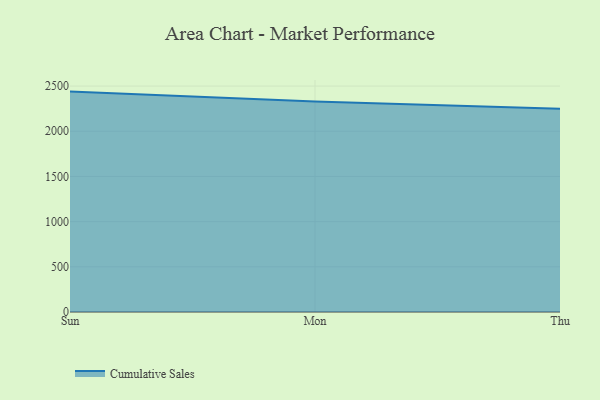
{"axis": {"x": "Day", "y": "Budget (USD K)"}, "legend": ["Cumulative Sales"], "data": [{"x": "Sun", "y": 2438.8, "type": "Cumulative Sales"}, {"x": "Mon", "y": 2329.8, "type": "Cumulative Sales"}, {"x": "Thu", "y": 2249.6, "type": "Cumulative Sales"}]}